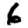
Digit: 6